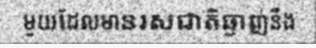
មួយដែលមានរសជាតិឆ្ងាញ់នឹង